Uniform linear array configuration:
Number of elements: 4
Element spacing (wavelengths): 1
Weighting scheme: kaiser
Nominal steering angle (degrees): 45
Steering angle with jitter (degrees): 43.211
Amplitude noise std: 0.05
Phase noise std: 0.05

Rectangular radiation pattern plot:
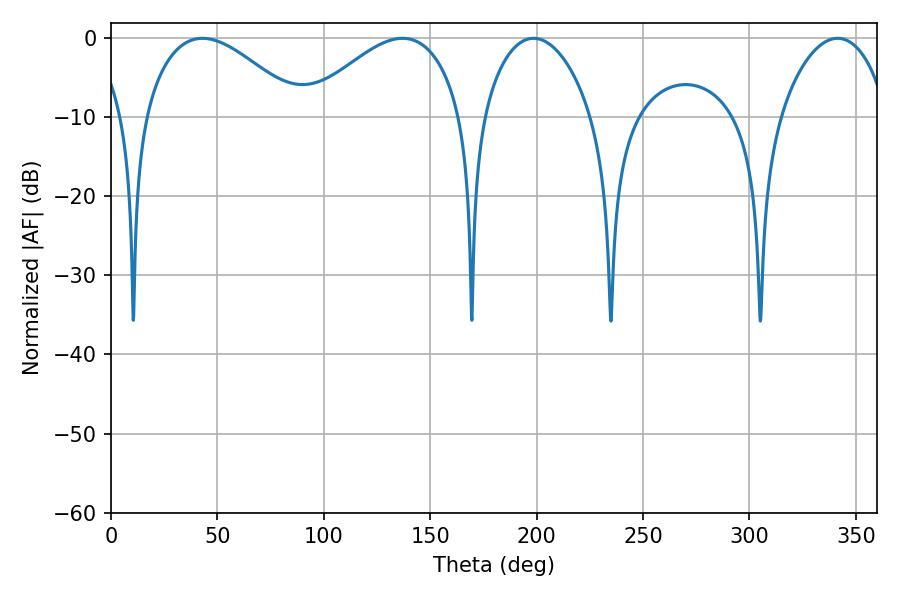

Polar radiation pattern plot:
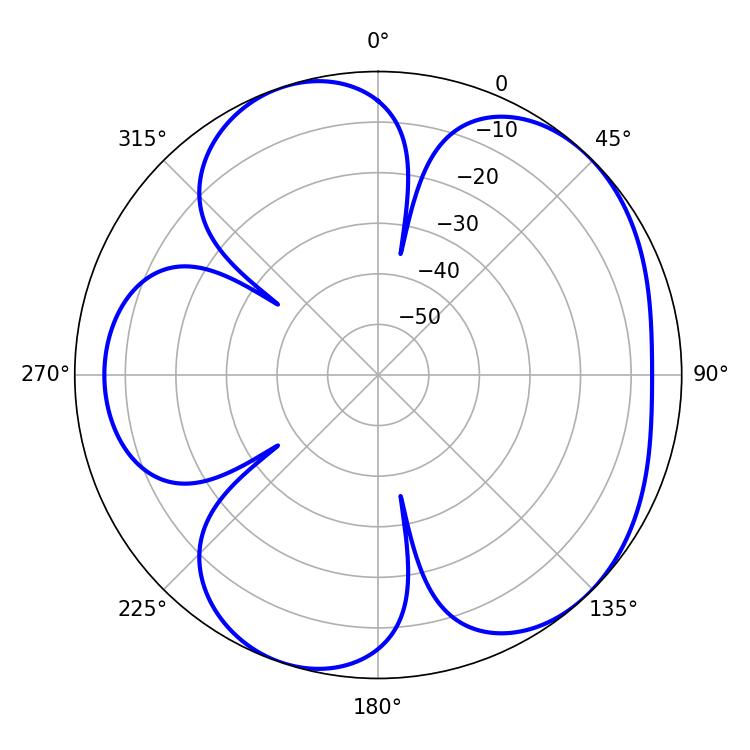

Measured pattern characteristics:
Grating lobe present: TRUE
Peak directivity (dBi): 5.289
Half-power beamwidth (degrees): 28.98
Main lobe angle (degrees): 198.54